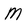
Character: M